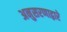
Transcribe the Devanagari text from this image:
अनुसरणाद्वारे